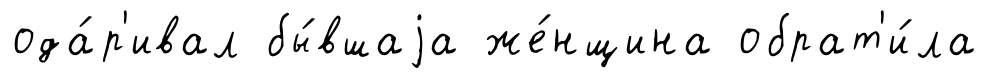
ода́р'ивал бы́вшаjа же́нщина обрат'и́ла